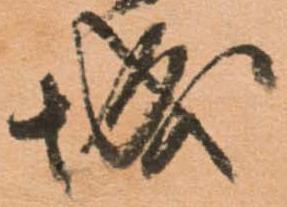
城